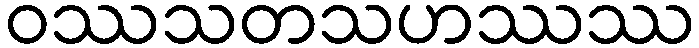
ဝဿသတသဟဿဿ